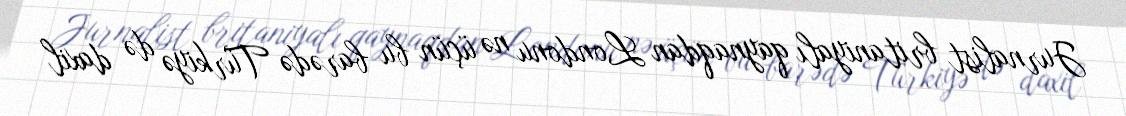
Jurnalist britaniyalı qaynaqdan Londonu nə üçün bu barədə Türkiyə də daxil